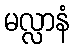
မလ္လာနံ